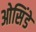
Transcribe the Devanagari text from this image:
ओसिंडे